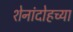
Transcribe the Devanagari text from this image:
शेनांदोहच्या